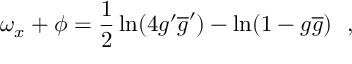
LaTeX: \omega _ { x } + \phi = \frac { 1 } { 2 } \ln ( 4 g ^ { \prime } \overline { { { g } } } ^ { \prime } ) - \ln ( 1 - g \overline { { { g } } } ) ~ ~ ,